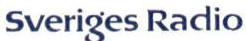
Sveriges Radio